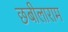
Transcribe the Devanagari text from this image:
छबीलाराम